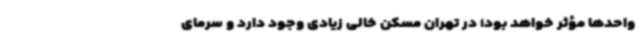
واحدها مؤثر خواهد بود؛ در تهران مسکن خالی زیادی وجود دارد و سرمای